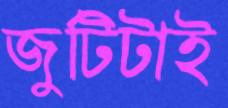
জুটিটাই